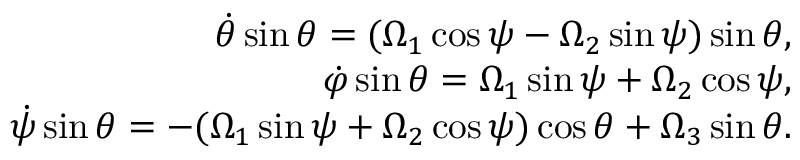
\begin{array} { r } { \dot { \theta } \sin \theta = ( \Omega _ { 1 } \cos \psi - \Omega _ { 2 } \sin \psi ) \sin \theta , } \\ { \dot { \varphi } \sin \theta = \Omega _ { 1 } \sin \psi + \Omega _ { 2 } \cos \psi , } \\ { \dot { \psi } \sin \theta = - ( \Omega _ { 1 } \sin \psi + \Omega _ { 2 } \cos \psi ) \cos \theta + \Omega _ { 3 } \sin \theta . } \end{array}